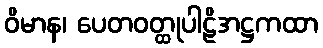
ဝိမာန၊ ပေတဝတ္ထုပါဠိအဋ္ဌကထာ